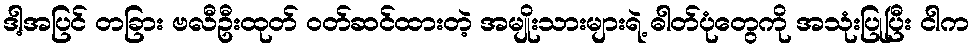
ဒါ့အပြင် တခြား ဗလီဦးထုတ် ဝတ်ဆင်ထားတဲ့ အမျိုးသားများရဲ့ ဓါတ်ပုံတွေကို အသုံးပြုပြီး ငါက